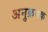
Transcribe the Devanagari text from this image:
अनुक्रमक